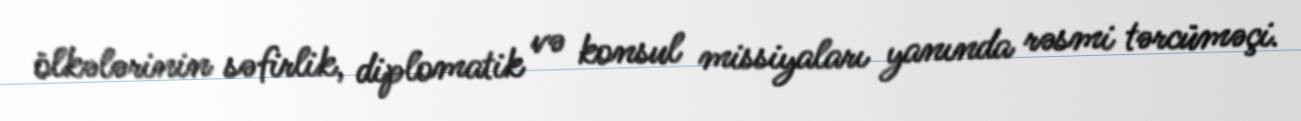
ölkələrinin səfirlik, diplomatik və konsul missiyaları yanında rəsmi tərcüməçi.